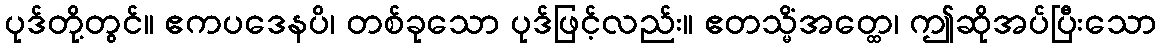
ပုဒ်တို့တွင်။ ဧကပဒေနပိ၊ တစ်ခုသော ပုဒ်ဖြင့်လည်း။ ဧတသ္မိံအတ္ထေ၊ ဤဆိုအပ်ပြီးသော